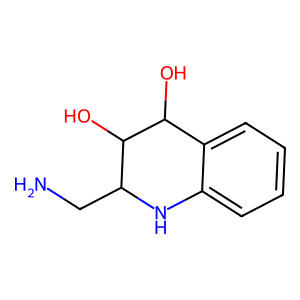
SMILES: NCC1Nc2ccccc2C(O)C1O
Inhibits HIV replication: No